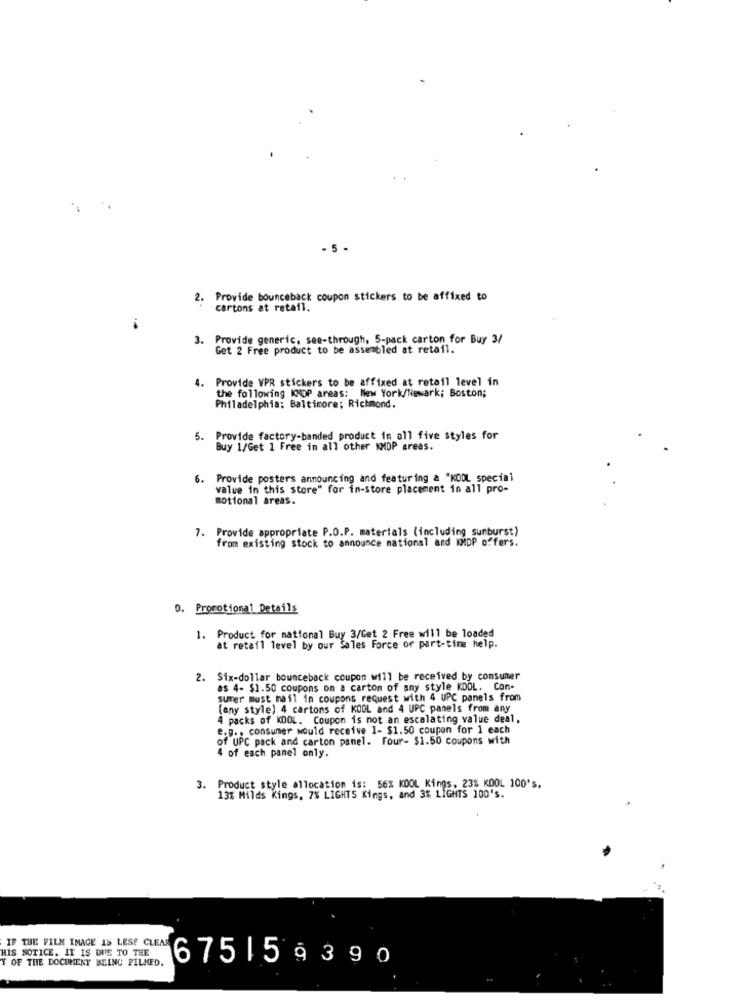
- 5.
2. Provide bounceback coupon stickers to be affixed to
cartons at retail.
3. Provide generic, see-through, 5-pack carton for Buy 3/
Get 2 Free product to be assembled at retail.
4. Provide VPR stickers to be affixed at retail level in
the following KNOP areas: New York/Newark; Boston;
Philadelphia: Baltimore; Richmond.
. Provide factory-banded product in all five styles for
Buy 1/Get 1 Free in all
in all other KMDP areas.
6. Provide posters announcing and featuring & "KOOL special
value in this store" for in-store placement in all pro-
motional areas.
7. Provide appropriate P.O.P. materials (including sunburst)
from existing stock to announce national and MMDP offers.
D. Prorotional Details
1. Product for national Buy 3/Get 2 Free will be loaded
at retail level by our Sales force or part-time help.
2. Six-dollar bounceback coupon will be received by consumer
as 4- $1.50 coupons on a carton of any style KDOL. Con-
sumer must mail in coupons request with 4 UPC panels from
(any style) 4 cartons of KOOL and 4 UPC panels from any
4 packs of KDOL. Coupon is not an escalating value deal,
e.g ., consumer would receive 1- $1.50 coupon for 1 each
of UPC pack and carton panel. Four- $1.50 coupons with
4 of each panel only.
3. Product style allocation is: 56% KOOL Kings, 23% KOOL 100's.
13% Milds Kings, 7% LIGHTS Kings, and 3% LIGHTS 100's.
IF THE FILM IMAGE IS LESS CLEAR
HIS NOTICE. IT IS DIE TO THE
Y OF THE DOCUMENT BEING PILMED.
6751 5 9390